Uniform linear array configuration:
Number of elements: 48
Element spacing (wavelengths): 1
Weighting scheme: binomial
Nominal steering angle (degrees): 60
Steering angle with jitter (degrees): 58.954
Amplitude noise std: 0.05
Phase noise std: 0.05

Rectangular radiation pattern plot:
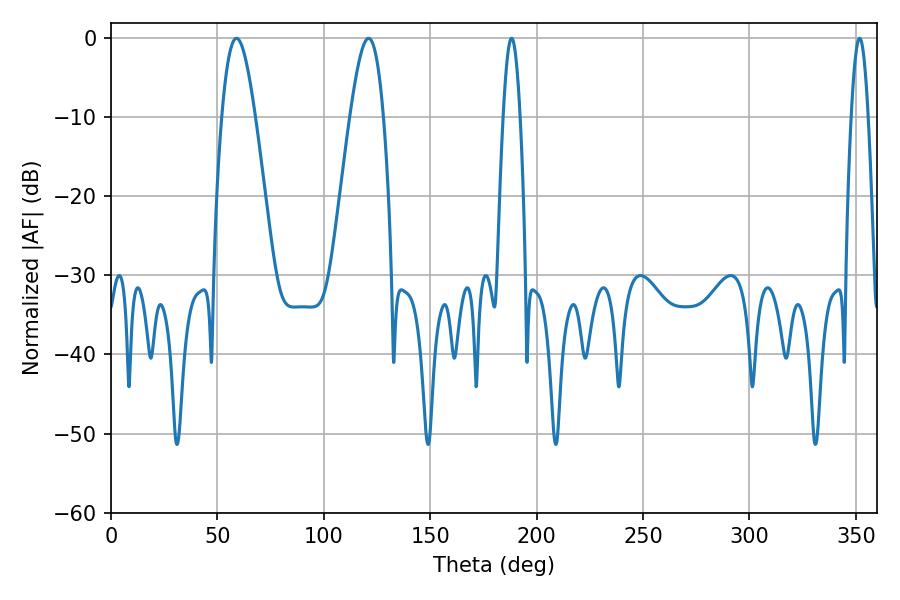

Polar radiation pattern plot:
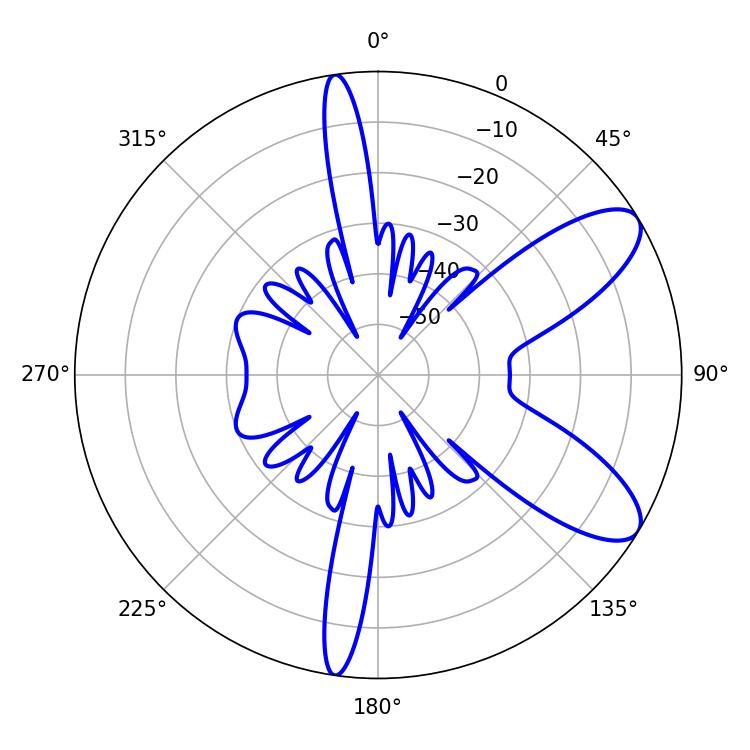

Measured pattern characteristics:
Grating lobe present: TRUE
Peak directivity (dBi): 8.975
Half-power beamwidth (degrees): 8.46
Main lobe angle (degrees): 59.04